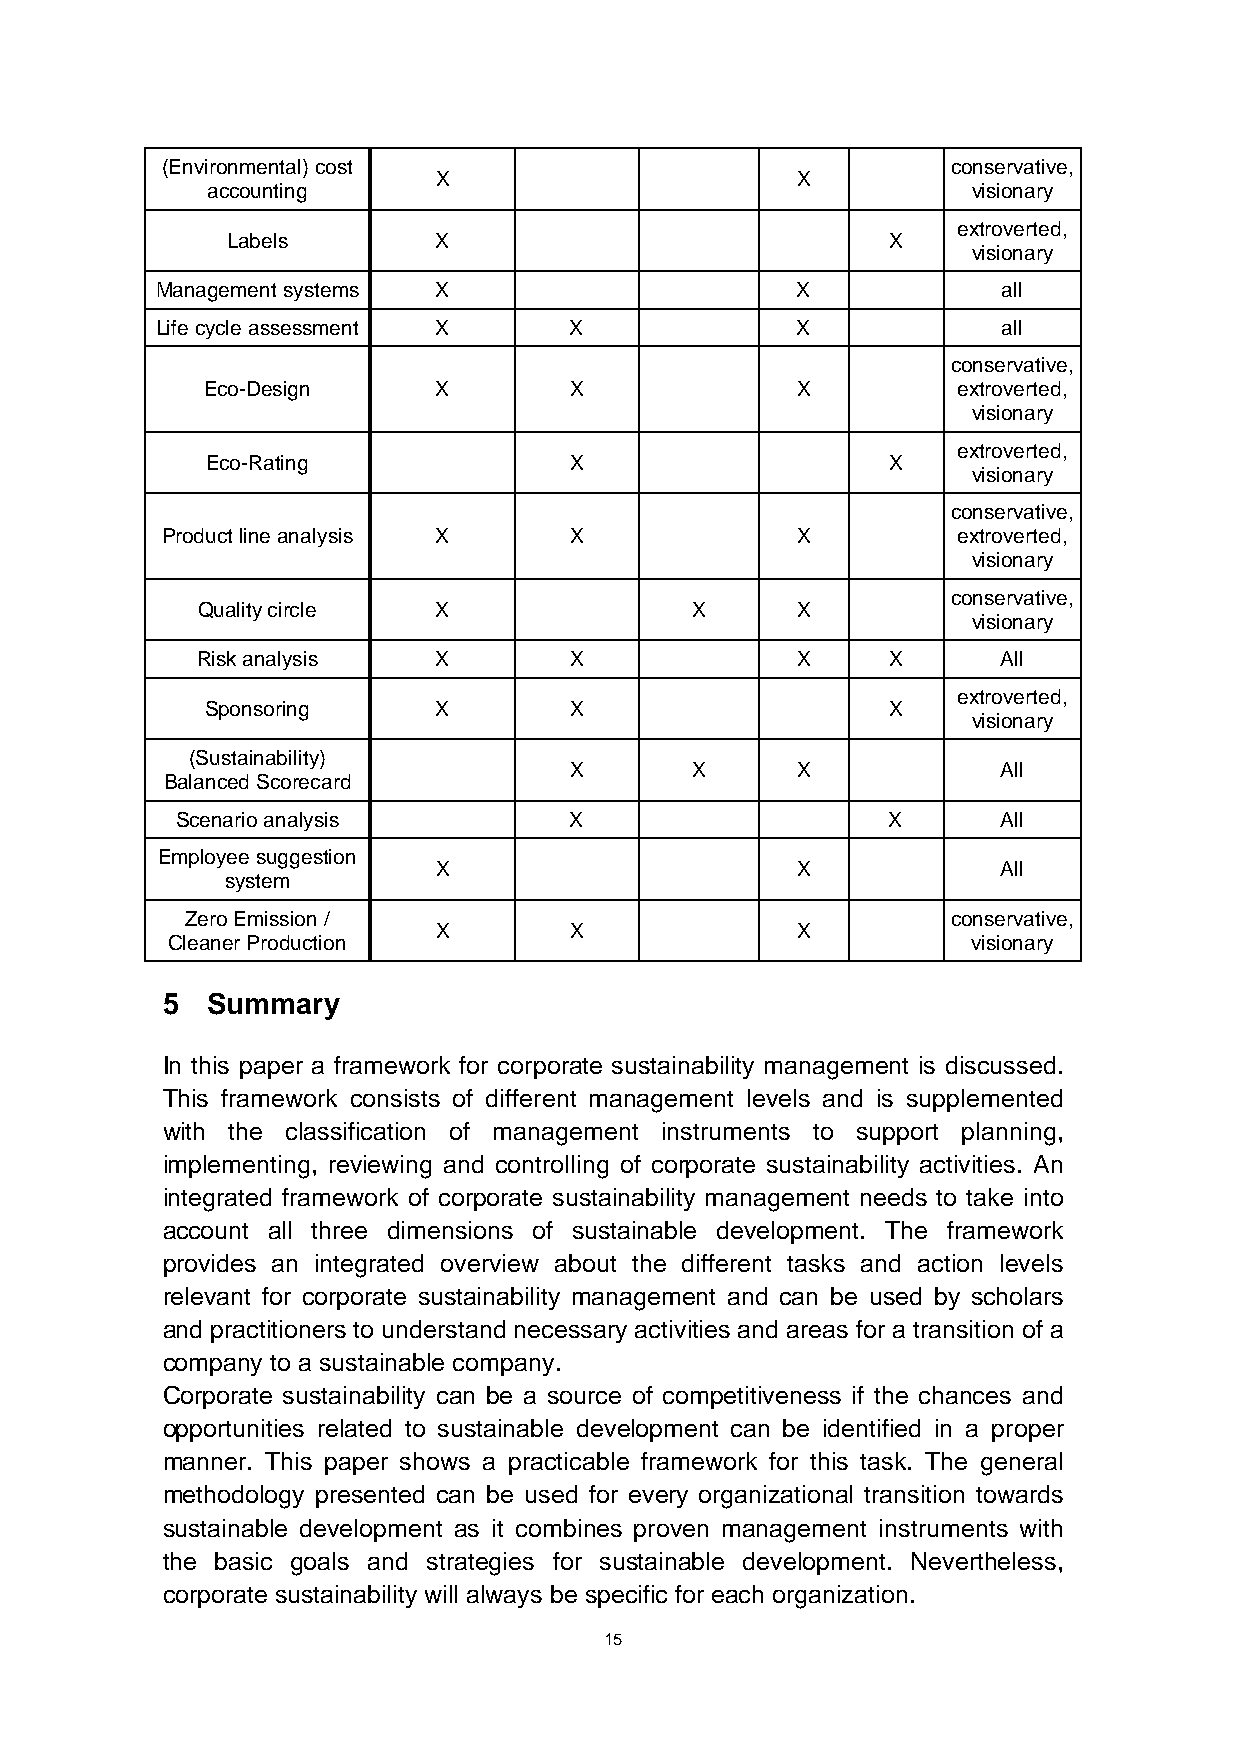
(Environmental) cost                                conservative,
 X                       X
 accounting                                        visionary
 extroverted,
 Labels        X                             X
 visionary
 Management systems X                       X            all
 Life cycle assessment X     X              X            all
 conservative,
 Eco-Design      X        X              X         extroverted,
 visionary
 extroverted,
 Eco-Rating              X                    X
 visionary
 conservative,
 Product line analysis X    X              X         extroverted,
 visionary
 conservative,
 Quality circle  X                X      X
 visionary
 Risk analysis   X        X              X     X      All
 extroverted,
 Sponsoring     X        X                    X
 visionary
 (Sustainability)
 X       X      X            All
 Balanced Scorecard
 Scenario analysis         X                    X      All
 Employee suggestion
 X                       X            All
 system
 Zero Emission /                                    conservative,
 X        X              X
 Cleaner Production                                   visionary
 5  Summary
 In this paper a framework for corporate sustainability management is discussed.
 This framework consists of different management levels and is supplemented
 with the classification of management instruments to support planning,
 implementing, reviewing and controlling of corporate sustainability activities. An
 integrated framework of corporate sustainability management needs to take into
 account all three dimensions of sustainable development. The framework
 provides an integrated overview about the different tasks and action levels
 relevant for corporate sustainability management and can be used by scholars
 and practitioners to understand necessary activities and areas for a transition of a
 company to a sustainable company.
 Corporate sustainability can be a source of competitiveness if the chances and
 opportunities related to sustainable development can be identified in a proper
 manner. This paper shows a practicable framework for this task. The general
 methodology presented can be used for every organizational transition towards
 sustainable development as it combines proven management instruments with
 the basic goals and strategies for sustainable development. Nevertheless,
 corporate sustainability will always be specific for each organization.
 15